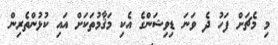
މި މެޗަށް ފަހު ދެ ވަނަ ޑިވިޝަންގެ އެކި މަޤާމުތަކަށް އައި ކުޅުންތެރިން